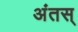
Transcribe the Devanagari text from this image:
अंतस्